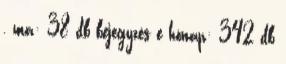
, ma: 38 db bejegyzés e hónap: 342 db